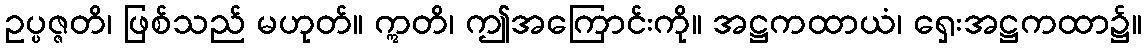
ဥပ္ပဇ္ဇတိ၊ ဖြစ်သည် မဟုတ်။ ဣတိ၊ ဤအကြောင်းကို။ အဋ္ဌကထာယံ၊ ရှေးအဋ္ဌကထာ၌။